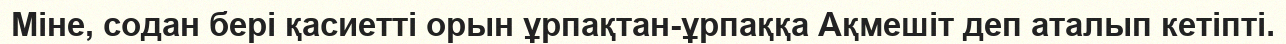
Міне, содан бері қасиетті орын ұрпақтан-ұрпаққа Ақмешіт деп аталып кетіпті.